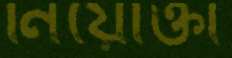
নিয়োক্তা